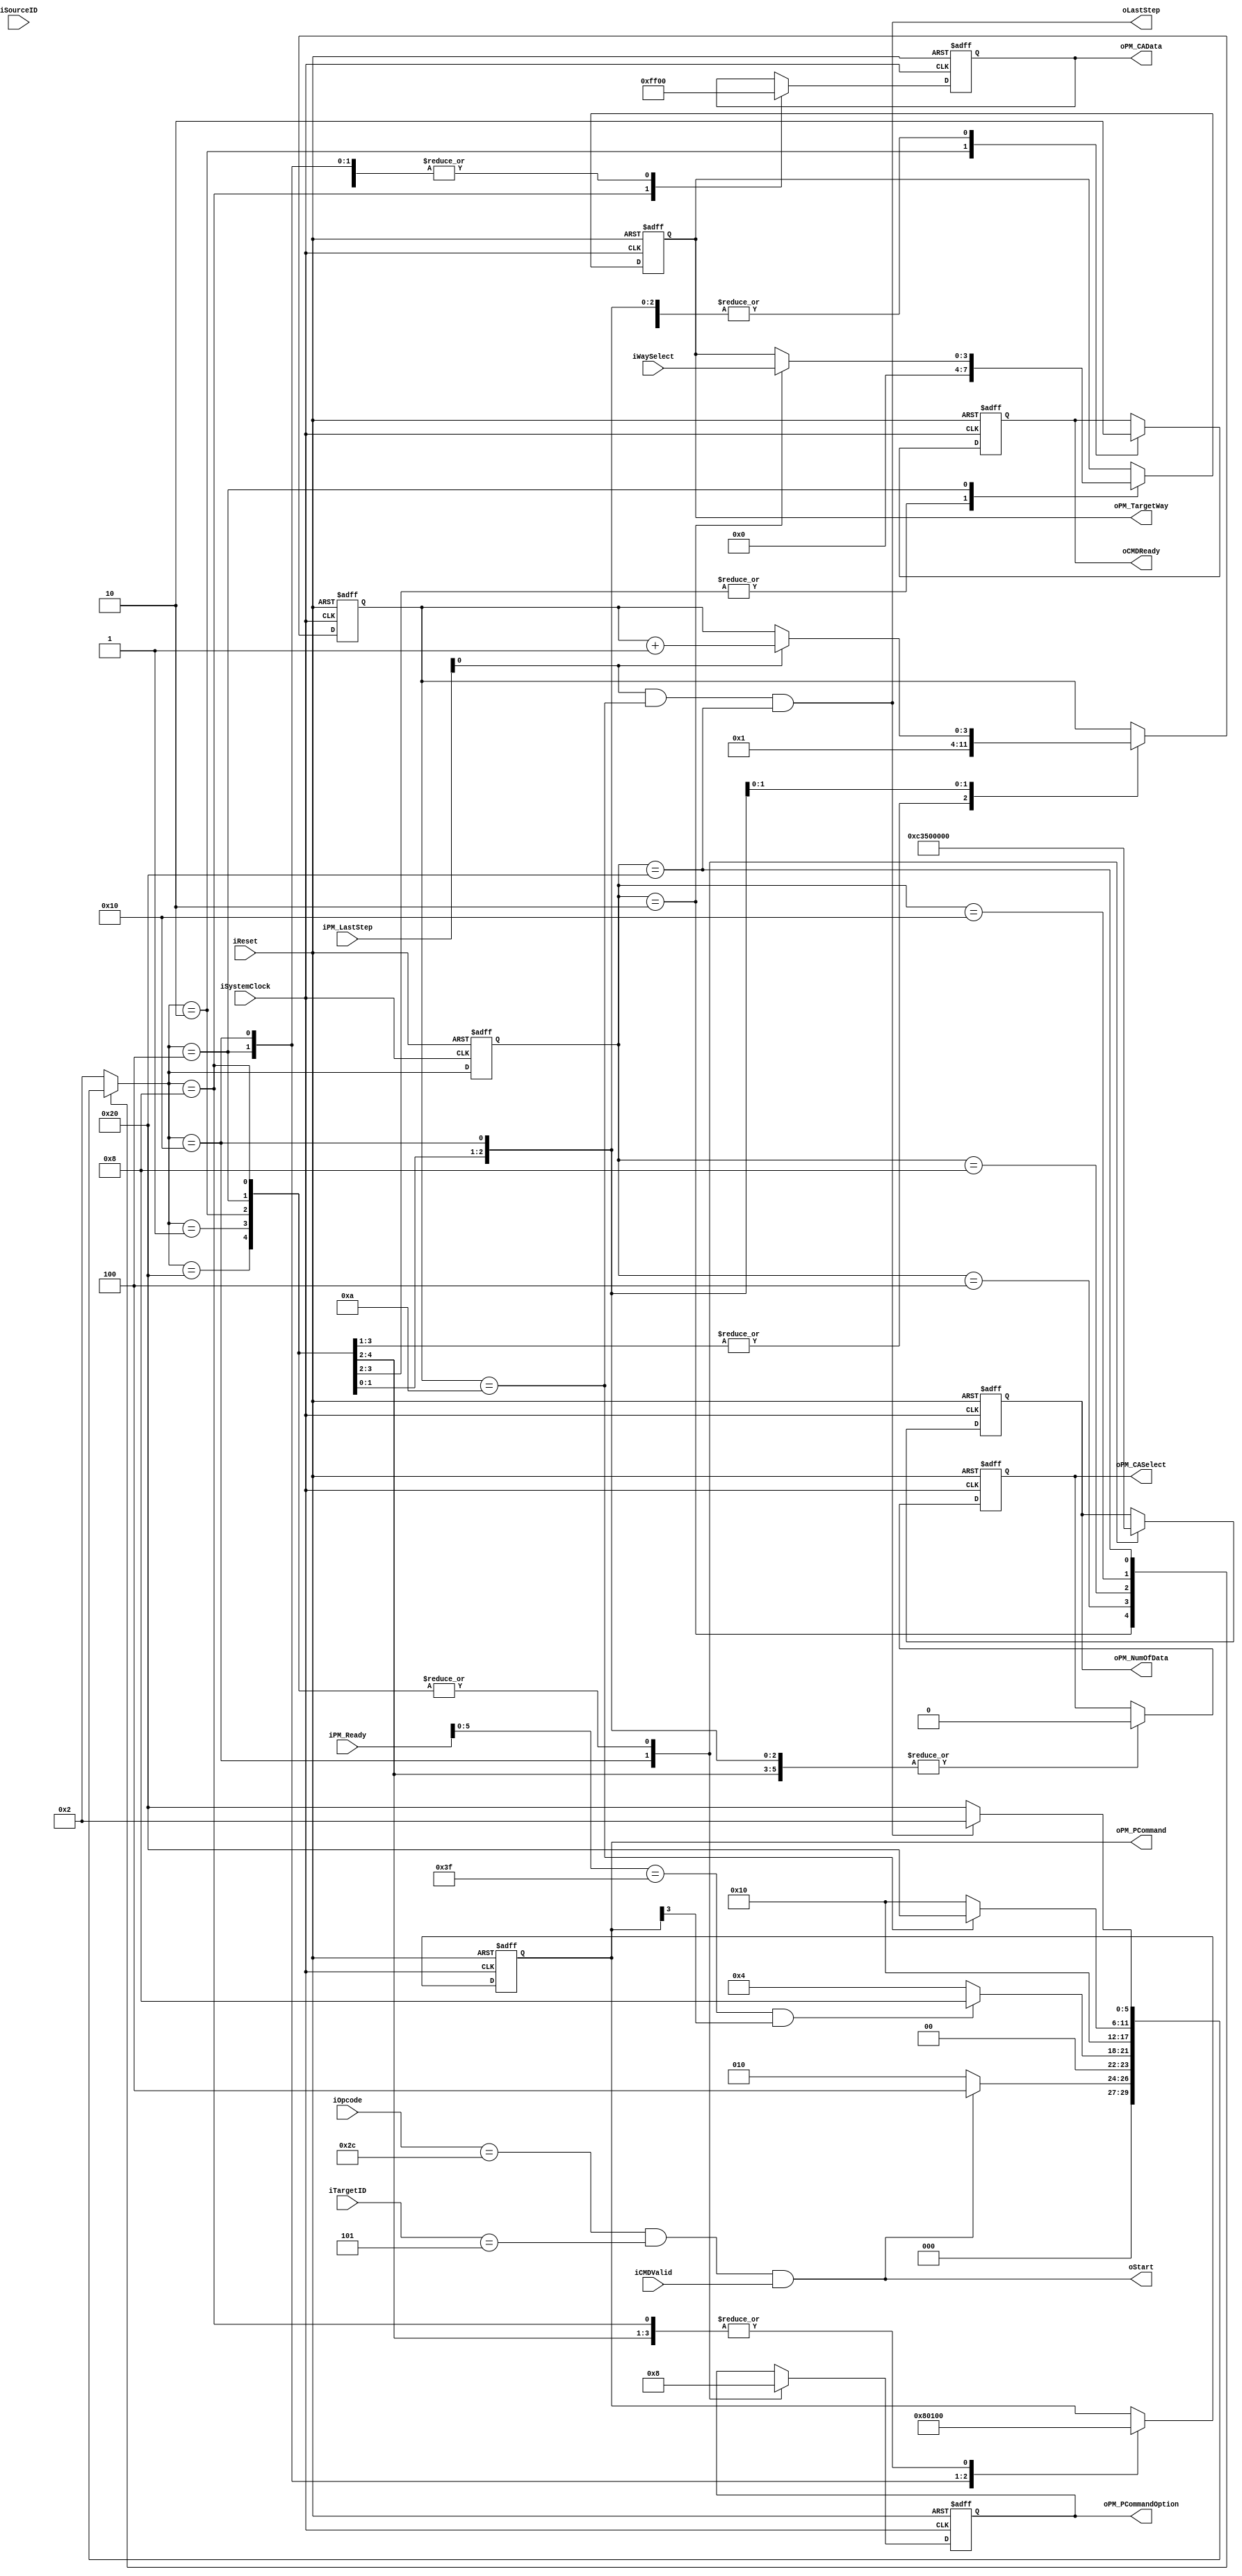
//////////////////////////////////////////////////////////////////////////////////
// NPCG_Toggle_MNC_getFT for Cosmos OpenSSD
// Copyright (c) 2015 Hanyang University ENC Lab.
// Contributed by Ilyong Jung <iyjung@enc.hanyang.ac.kr>
//                Yong Ho Song <yhsong@enc.hanyang.ac.kr>
//
// This file is part of Cosmos OpenSSD.
//
// Cosmos OpenSSD is free software; you can redistribute it and/or modify
// it under the terms of the GNU General Public License as published by
// the Free Software Foundation; either version 3, or (at your option)
// any later version.
//
// Cosmos OpenSSD is distributed in the hope that it will be useful,
// but WITHOUT ANY WARRANTY; without even the implied warranty of
// MERCHANTABILITY or FITNESS FOR A PARTICULAR PURPOSE.
// See the GNU General Public License for more details.
//
// You should have received a copy of the GNU General Public License
// along with Cosmos OpenSSD; see the file COPYING.
// If not, see <http://www.gnu.org/licenses/>. 
//////////////////////////////////////////////////////////////////////////////////

//////////////////////////////////////////////////////////////////////////////////
// Company: ENC Lab. <http://enc.hanyang.ac.kr>
// 
// Project Name: Cosmos OpenSSD
// Design Name: NPCG_Toggle_MNC_getFT
// Module Name: NPCG_Toggle_MNC_getFT
//
// Version: v1.0.0
//
// Description: Get feature execution FSM
//
//////////////////////////////////////////////////////////////////////////////////

//////////////////////////////////////////////////////////////////////////////////
// Revision History:
//
// * v1.0.0
//   - first draft
//////////////////////////////////////////////////////////////////////////////////
`timescale 1ns / 1ps

module NPCG_Toggle_MNC_N_init
#
(
    parameter NumberOfWays    =   4
)
(
    iSystemClock        ,
    iReset              ,
    iOpcode             ,
    iTargetID           ,
    iSourceID           ,
    iCMDValid           ,
    oCMDReady           ,
    iWaySelect          ,
    oStart              ,
    oLastStep           ,
    iPM_Ready           ,
    iPM_LastStep        ,
    oPM_PCommand        ,
    oPM_PCommandOption  ,
    oPM_TargetWay       ,
    oPM_NumOfData       ,
    oPM_CASelect        ,
    oPM_CAData
);
    input                           iSystemClock        ;
    input                           iReset              ;
    input   [5:0]                   iOpcode             ;
    input   [4:0]                   iTargetID           ;
    input   [4:0]                   iSourceID           ;
    input                           iCMDValid           ;
    output                          oCMDReady           ;
    input   [NumberOfWays - 1:0]    iWaySelect          ;
    output                          oStart              ;
    output                          oLastStep           ;
    input   [7:0]                   iPM_Ready           ;
    input   [7:0]                   iPM_LastStep        ;
    output  [7:0]                   oPM_PCommand        ;
    output  [2:0]                   oPM_PCommandOption  ;
    output  [NumberOfWays - 1:0]    oPM_TargetWay       ;
    output  [15:0]                  oPM_NumOfData       ;
    output                          oPM_CASelect        ;
    output  [7:0]                   oPM_CAData          ;
    
    // FSM Parameters/Wires/Regs
    localparam N_i_FSM_BIT = 6; // NAND initialization
    localparam N_i_RESET = 6'b00_0001;
    localparam N_i_READY = 6'b00_0010;
    localparam N_i_00001 = 6'b00_0100; // capture, CAL start
    localparam N_i_00002 = 6'b00_1000; // CA data
    localparam N_i_00003 = 6'b01_0000; // Timer start ready, Timer Loop
    localparam N_i_00004 = 6'b10_0000; // wait for request done
    
    reg     [N_i_FSM_BIT-1:0]       r_N_i_cur_state         ;
    reg     [N_i_FSM_BIT-1:0]       r_N_i_nxt_state         ;
    
    
    
    // Internal Wires/Regs
    reg     [4:0]                   rSourceID               ;
    
    reg                             rCMDReady               ;
    
    reg     [NumberOfWays - 1:0]    rWaySelect              ;
    
    wire                            wLastStep               ;
    
    reg     [7:0]                   rPM_PCommand            ;
    reg     [2:0]                   rPM_PCommandOption      ;
    reg     [15:0]                  rPM_NumOfData           ;
    
    reg                             rPM_CASelect            ;
    reg     [7:0]                   rPM_CAData              ;
    
    wire                            wPCGStart               ;
    wire                            wCapture                ;
    
    wire                            wPMReady                ;
    
    wire                            wCALReady               ;
    wire                            wCALStart               ;
    wire                            wCALDone                ;
    
    wire                            wTMReady                ;
    wire                            wTMStart                ;
    wire                            wTMDone                 ;
    
    reg     [3:0]                   rTM_counter             ;
    wire                            wTM_LoopDone            ;
    
    
    
    // Control Signals
    // Flow Contorl
    assign wPCGStart = (iOpcode[5:0] == 6'b101100) & (iTargetID[4:0] == 5'b00101) & iCMDValid;
    assign wCapture = (r_N_i_cur_state[N_i_FSM_BIT-1:0] == N_i_READY);
    
    assign wPMReady = (iPM_Ready[5:0] == 6'b111111);
    
    assign wCALReady = wPMReady;
    assign wCALStart = wCALReady & rPM_PCommand[3];
    assign wCALDone = iPM_LastStep[3];
    
    assign wTMReady = wPMReady;
    assign wTMStart = wTMReady & rPM_PCommand[0];
    assign wTMDone = iPM_LastStep[0];
    
    assign wTM_LoopDone = (rTM_counter[3:0] == 4'd10);
    
    assign wLastStep = wTMDone & wTM_LoopDone & (r_N_i_cur_state[N_i_FSM_BIT-1:0] == N_i_00004);
    
    
    
    // FSM: read STatus
    
    // update current state to next state
    always @ (posedge iSystemClock, posedge iReset) begin
        if (iReset) begin
            r_N_i_cur_state <= N_i_RESET;
        end else begin
            r_N_i_cur_state <= r_N_i_nxt_state;
        end
    end
    
    // deside next state
    always @ ( * ) begin
        case (r_N_i_cur_state)
        N_i_RESET: begin
            r_N_i_nxt_state <= N_i_READY;
        end
        N_i_READY: begin
            r_N_i_nxt_state <= (wPCGStart)? N_i_00001:N_i_READY;
        end
        N_i_00001: begin
            r_N_i_nxt_state <= (wCALStart)? N_i_00002:N_i_00001;
        end
        N_i_00002: begin
            r_N_i_nxt_state <= N_i_00003;
        end
        N_i_00003: begin
            r_N_i_nxt_state <= (wTM_LoopDone)? N_i_00004:N_i_00003;
        end
        N_i_00004: begin
            r_N_i_nxt_state <= (wLastStep)? N_i_READY:N_i_00004;
        end
        default:
            r_N_i_nxt_state <= N_i_READY;
        endcase
    end
    
    // state behaviour
    always @ (posedge iSystemClock, posedge iReset) begin
        if (iReset) begin
            rSourceID[4:0]                  <= 0;
            
            rCMDReady                       <= 0;
            
            rWaySelect[NumberOfWays - 1:0]  <= 0;
            
            rPM_PCommand[7:0]               <= 0;
            rPM_PCommandOption[2:0]         <= 0;
            rPM_NumOfData[15:0]             <= 0;
            
            rPM_CASelect                    <= 0;
            rPM_CAData[7:0]                 <= 0;
            
            rTM_counter[3:0]                <= 0;
        end else begin
            case (r_N_i_nxt_state)
                N_i_RESET: begin
                    rSourceID[4:0]                  <= 0;
                    
                    rCMDReady                       <= 0;
                    
                    rWaySelect[NumberOfWays - 1:0]  <= 0;
                    
                    rPM_PCommand[7:0]               <= 0;
                    rPM_PCommandOption[2:0]         <= 0;
                    rPM_NumOfData[15:0]             <= 0;
                    
                    rPM_CASelect                    <= 0;
                    rPM_CAData[7:0]                 <= 0;
                    
                    rTM_counter[3:0]                <= 0;
                end
                N_i_READY: begin
                    rSourceID[4:0]                  <= 0;
                    
                    rCMDReady                       <= 1;
                    
                    rWaySelect[NumberOfWays - 1:0]  <= 0;
                    
                    rPM_PCommand[7:0]               <= 0;
                    rPM_PCommandOption[2:0]         <= 0;
                    rPM_NumOfData[15:0]             <= 0;
                    
                    rPM_CASelect                    <= 0;
                    rPM_CAData[7:0]                 <= 0;
                    
                    rTM_counter[3:0]                <= 0;
                end
                N_i_00001: begin
                    rSourceID[4:0]                  <= (wCapture)? iSourceID[4:0]:rSourceID[4:0];
                    
                    rCMDReady                       <= 0;
                    
                    rWaySelect[NumberOfWays - 1:0]  <= (wCapture)? iWaySelect[NumberOfWays - 1:0]:rWaySelect[NumberOfWays - 1:0];
                    
                    rPM_PCommand[7:0]               <= 8'b0000_1000;
                    rPM_PCommandOption[2:0]         <= 0;
                    rPM_NumOfData[15:0]             <= 15'h0000;
                    
                    rPM_CASelect                    <= 0;
                    rPM_CAData[7:0]                 <= 0;
                    
                    rTM_counter[3:0]                <= 0;
                end
                N_i_00002: begin
                    rSourceID[4:0]                  <= rSourceID[4:0];
                    
                    rCMDReady                       <= 0;
                    
                    rWaySelect[NumberOfWays - 1:0]  <= rWaySelect[NumberOfWays - 1:0];
                    
                    rPM_PCommand[7:0]               <= 0;
                    rPM_PCommandOption[2:0]         <= 0;
                    rPM_NumOfData[15:0]             <= 0;
                    
                    rPM_CASelect                    <= 1'b0;
                    rPM_CAData[7:0]                 <= 8'hFF;
                    
                    rTM_counter[3:0]                <= 4'b0001;
                end
                N_i_00003: begin
                    rSourceID[4:0]                  <= rSourceID[4:0];
                    
                    rCMDReady                       <= 0;
                    
                    rWaySelect[NumberOfWays - 1:0]  <= rWaySelect[NumberOfWays - 1:0];
                    
                    rPM_PCommand[7:0]               <= 8'b0000_0001;
                    rPM_PCommandOption[2:0]         <= 3'b001; // CE on
                    rPM_NumOfData[15:0]             <= 16'd50000; // real condition
                    //rPM_NumOfData[15:0]             <= 16'd5; // test condition
                    
                    rPM_CASelect                    <= 0;
                    rPM_CAData[7:0]                 <= 0;
                    
                    rTM_counter[3:0]                <= (wTMDone)? (rTM_counter[3:0] + 1'b1):(rTM_counter[3:0]);
                end
                N_i_00004: begin
                    rSourceID[4:0]                  <= rSourceID[4:0];
                    
                    rCMDReady                       <= 0;
                    
                    rWaySelect[NumberOfWays - 1:0]  <= rWaySelect[NumberOfWays - 1:0];
                    
                    rPM_PCommand[7:0]               <= 8'b0000_0000;
                    rPM_PCommandOption[2:0]         <= 0;
                    rPM_NumOfData[15:0]             <= 0;
                    
                    rPM_CASelect                    <= 0;
                    rPM_CAData[7:0]                 <= 0;
                    
                    rTM_counter[3:0]                <= rTM_counter[3:0];
                end
            endcase
        end
    end
    
    
    
    // Output
    assign oCMDReady = rCMDReady;
    
    assign oStart = wPCGStart;
    assign oLastStep = wLastStep;
    
    assign oPM_PCommand[7:0] = rPM_PCommand[7:0];
    assign oPM_PCommandOption[2:0] = rPM_PCommandOption[2:0];
    assign oPM_TargetWay[NumberOfWays - 1:0] = rWaySelect[NumberOfWays - 1:0];
    assign oPM_NumOfData[15:0] = rPM_NumOfData[15:0];
    
    assign oPM_CASelect = rPM_CASelect;
    assign oPM_CAData[7:0] = rPM_CAData[7:0];
    
endmodule